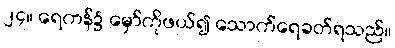
၂၄။ ရေကန်၌ မှော်ကိုဖယ်၍ သောက်ရေခတ်ရသည်။